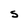
Character: S